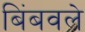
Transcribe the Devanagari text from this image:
बिंबवले